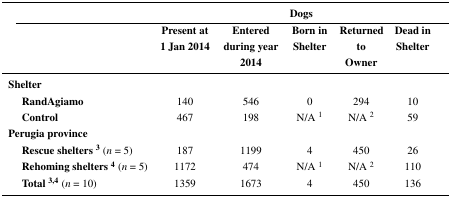
<table><thead><tr><td rowspan="2"></td><td></td><td colspan="5"><b>Dogs</b></td></tr><tr><td></td><td><b>Present at 1 Jan 2014</b></td><td><b>Entered during year 2014</b></td><td><b>Born in Shelter</b></td><td><b>Returned to Owner</b></td><td><b>Dead in Shelter</b></td></tr></thead><tbody><tr><td colspan="7"><b>Shelter</b></td></tr><tr><td></td><td><b>RandAgiamo</b></td><td>140</td><td>546</td><td>0</td><td>294</td><td>10</td></tr><tr><td></td><td><b>Control</b></td><td>467</td><td>198</td><td>N/A <sup>1</sup></td><td>N/A <sup>2</sup></td><td>59</td></tr><tr><td colspan="7"><b>Perugia province</b></td></tr><tr><td></td><td><b>Rescue shelters <sup>3</sup></b> (<i>n</i> = 5)</td><td>187</td><td>1199</td><td>4</td><td>450</td><td>26</td></tr><tr><td></td><td><b>Rehoming shelters <sup>4</sup></b> (<i>n</i> = 5)</td><td>1172</td><td>474</td><td>N/A <sup>1</sup></td><td>N/A <sup>2</sup></td><td>110</td></tr><tr><td></td><td><b>Total <sup>3,4</sup></b> (<i>n</i> = 10)</td><td>1359</td><td>1673</td><td>4</td><td>450</td><td>136</td></tr></tbody></table>